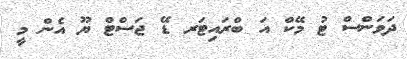
ދަވަންސް ޓު މޭކް އަ ބްރައިޓަރ ޑޭ ޖަސްޓް ޔޫ އެން މީ